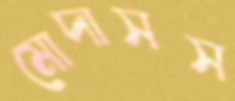
মোদাসস